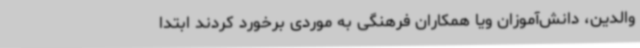
والدین، دانش‌آموزان ویا همکاران فرهنگی به موردی برخورد کردند ابتدا